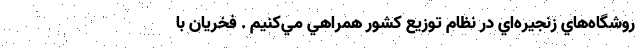
روشگاه‌هاي زنجيره‌اي در نظام توزيع كشور همراهي مي‌كنيم . فخريان با